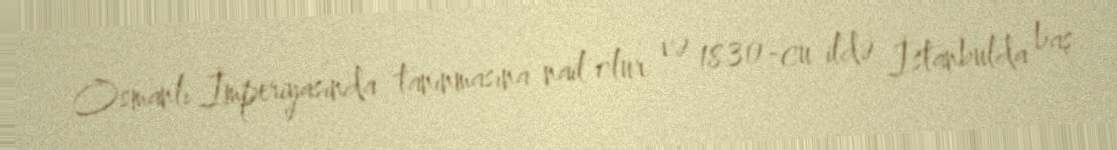
Osmanlı İmperiyasında tanınmasına nail olur və 1830-cu ildə İstanbulda baş